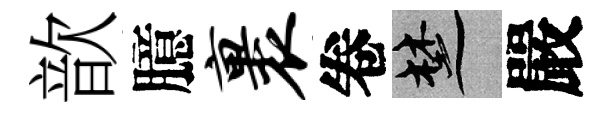
歆臆裹卷楚嚴